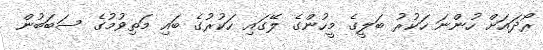
ރޯދައަށް ހުންނަ ހަކުރު ބަލީގެ މީހުންގެ ލޭގައި ހަކުރުގެ ބައި މަތިވުމުގެ ސަބަބުން